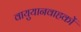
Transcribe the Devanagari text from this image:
वायुयानवाहकों